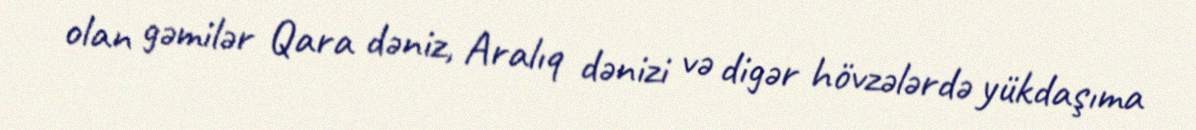
olan gəmilər Qara dəniz, Aralıq dənizi və digər hövzələrdə yükdaşıma